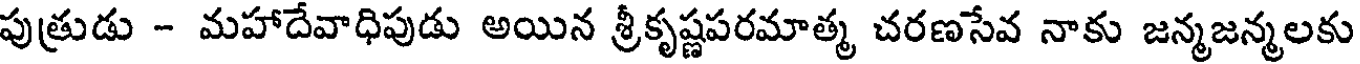
పుత్రుడు - మహాదేవాధిపుడు అయిన శ్రీకృష్ణపరమాత్మ చరణసేవ నాకు జన్మజన్మలకు